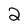
Character: 2